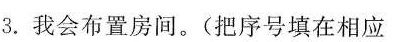
3.我会布置房间。(把序号填在相应